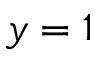
y = 1